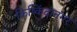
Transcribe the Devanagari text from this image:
किष्किंदानगर